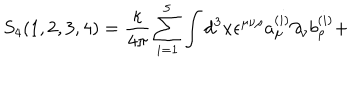
S _ { 4 } ( 1 , 2 , 3 , 4 ) = { \frac { \kappa } { 4 \pi } } \sum _ { i = 1 } ^ { 5 } \int d ^ { 3 } x \epsilon ^ { \mu \nu \rho } a _ { \mu } ^ { ( i ) } \partial _ { \nu } b _ { \rho } ^ { ( i ) } +